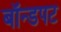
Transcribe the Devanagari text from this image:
बॉन्डपट